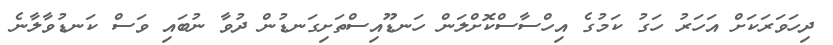
ދިހަވަރަކަށް އަހަރު ހަގު ކަމުގެ އިހްސާސްކޮށްލަން ހަނޑޫއިސްތަށިގަނޑުން ދުވާ ނުބައި ވަސް ކަނޑުވާލާނެ